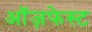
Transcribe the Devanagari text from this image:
ऑज़फेस्ट